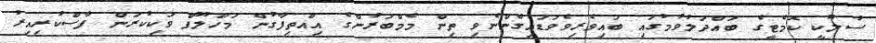
ސުލޫކީ ކޮމެޓީގެ ބައްދަލުވުމުގައި ބައިވެރިވެވަޑައިގެންނެވި ތިން މެމްބަރުންގެ އިއްތިފާގުން މަހްލޫފް ވަކިކުރަން ފާސްކުރިއިރު